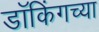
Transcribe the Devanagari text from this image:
डॉकिंगच्या